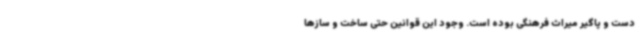
دست و پاگیر میراث فرهنگی بوده است. وجود این قوانین حتی ساخت و سازها